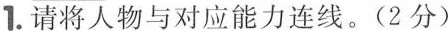
1.请将人物与对应能力连线。(2分)